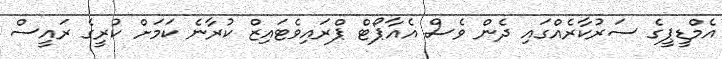
އެމްޑީޕީގެ ސަރުކާރެއްގައި ދެން ވެސް އެއާޕޯޓް ޕްރައިވެޓައިޒް ކުރާނެ ކަމަށް ކުރީގެ ރައީސް